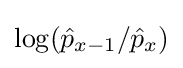
\log({\hat {p}}_{x-1}/{\hat {p}}_{x})